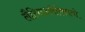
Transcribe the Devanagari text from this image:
लैटिनअमेरिकानो